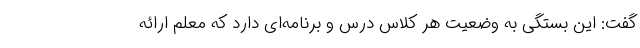
گفت: این بستگی به وضعیت هر کلاس درس و برنامه‌ای دارد که معلم ارائه